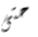
حتى